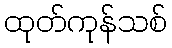
ထုတ်ကုန်သစ်